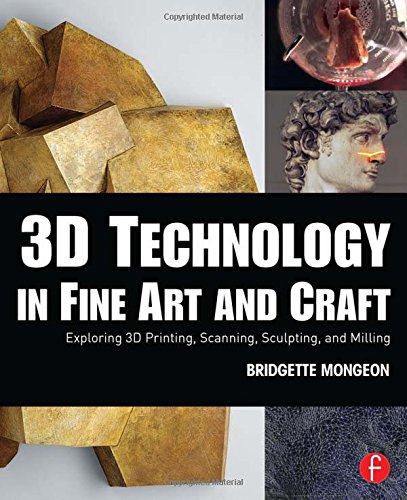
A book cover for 3D Technology in Fine Art and Craft: Exploring 3D Printing, Scanning, Sculpting and Milling; Bridgette Mongeon; Comics & Graphic Novels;